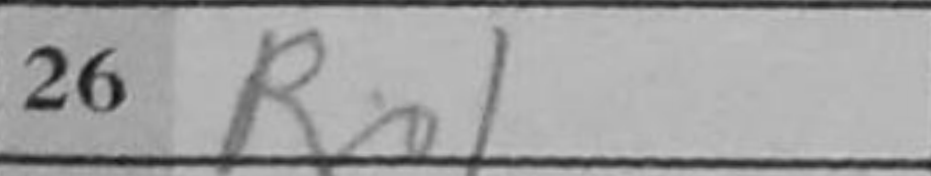
Transcription: Rc1